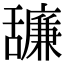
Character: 𦧷